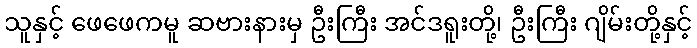
သူနှင့် ဖေဖေကမူ ဆဗားနားမှ ဦးကြီး အင်ဒရူးတို့၊ ဦးကြီး ဂျိမ်းတို့နှင့်